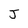
Character: J